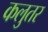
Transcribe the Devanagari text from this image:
कलुतर